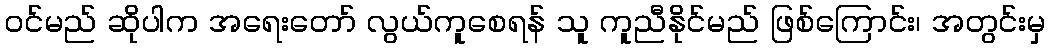
ဝင်မည် ဆိုပါက အရေးတော် လွယ်ကူစေရန် သူ ကူညီနိုင်မည် ဖြစ်ကြောင်း၊ အတွင်းမှ